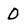
Character: D